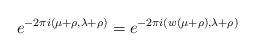
LaTeX: \begin{align*}e^{-2\pi i (\mu+\rho, \lambda+\rho)} = e^{-2\pi i (w(\mu+\rho), \lambda+\rho)}\end{align*}